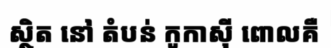
ស្ថិត នៅ តំបន់ កូកាស៊ី ពោលគឺ